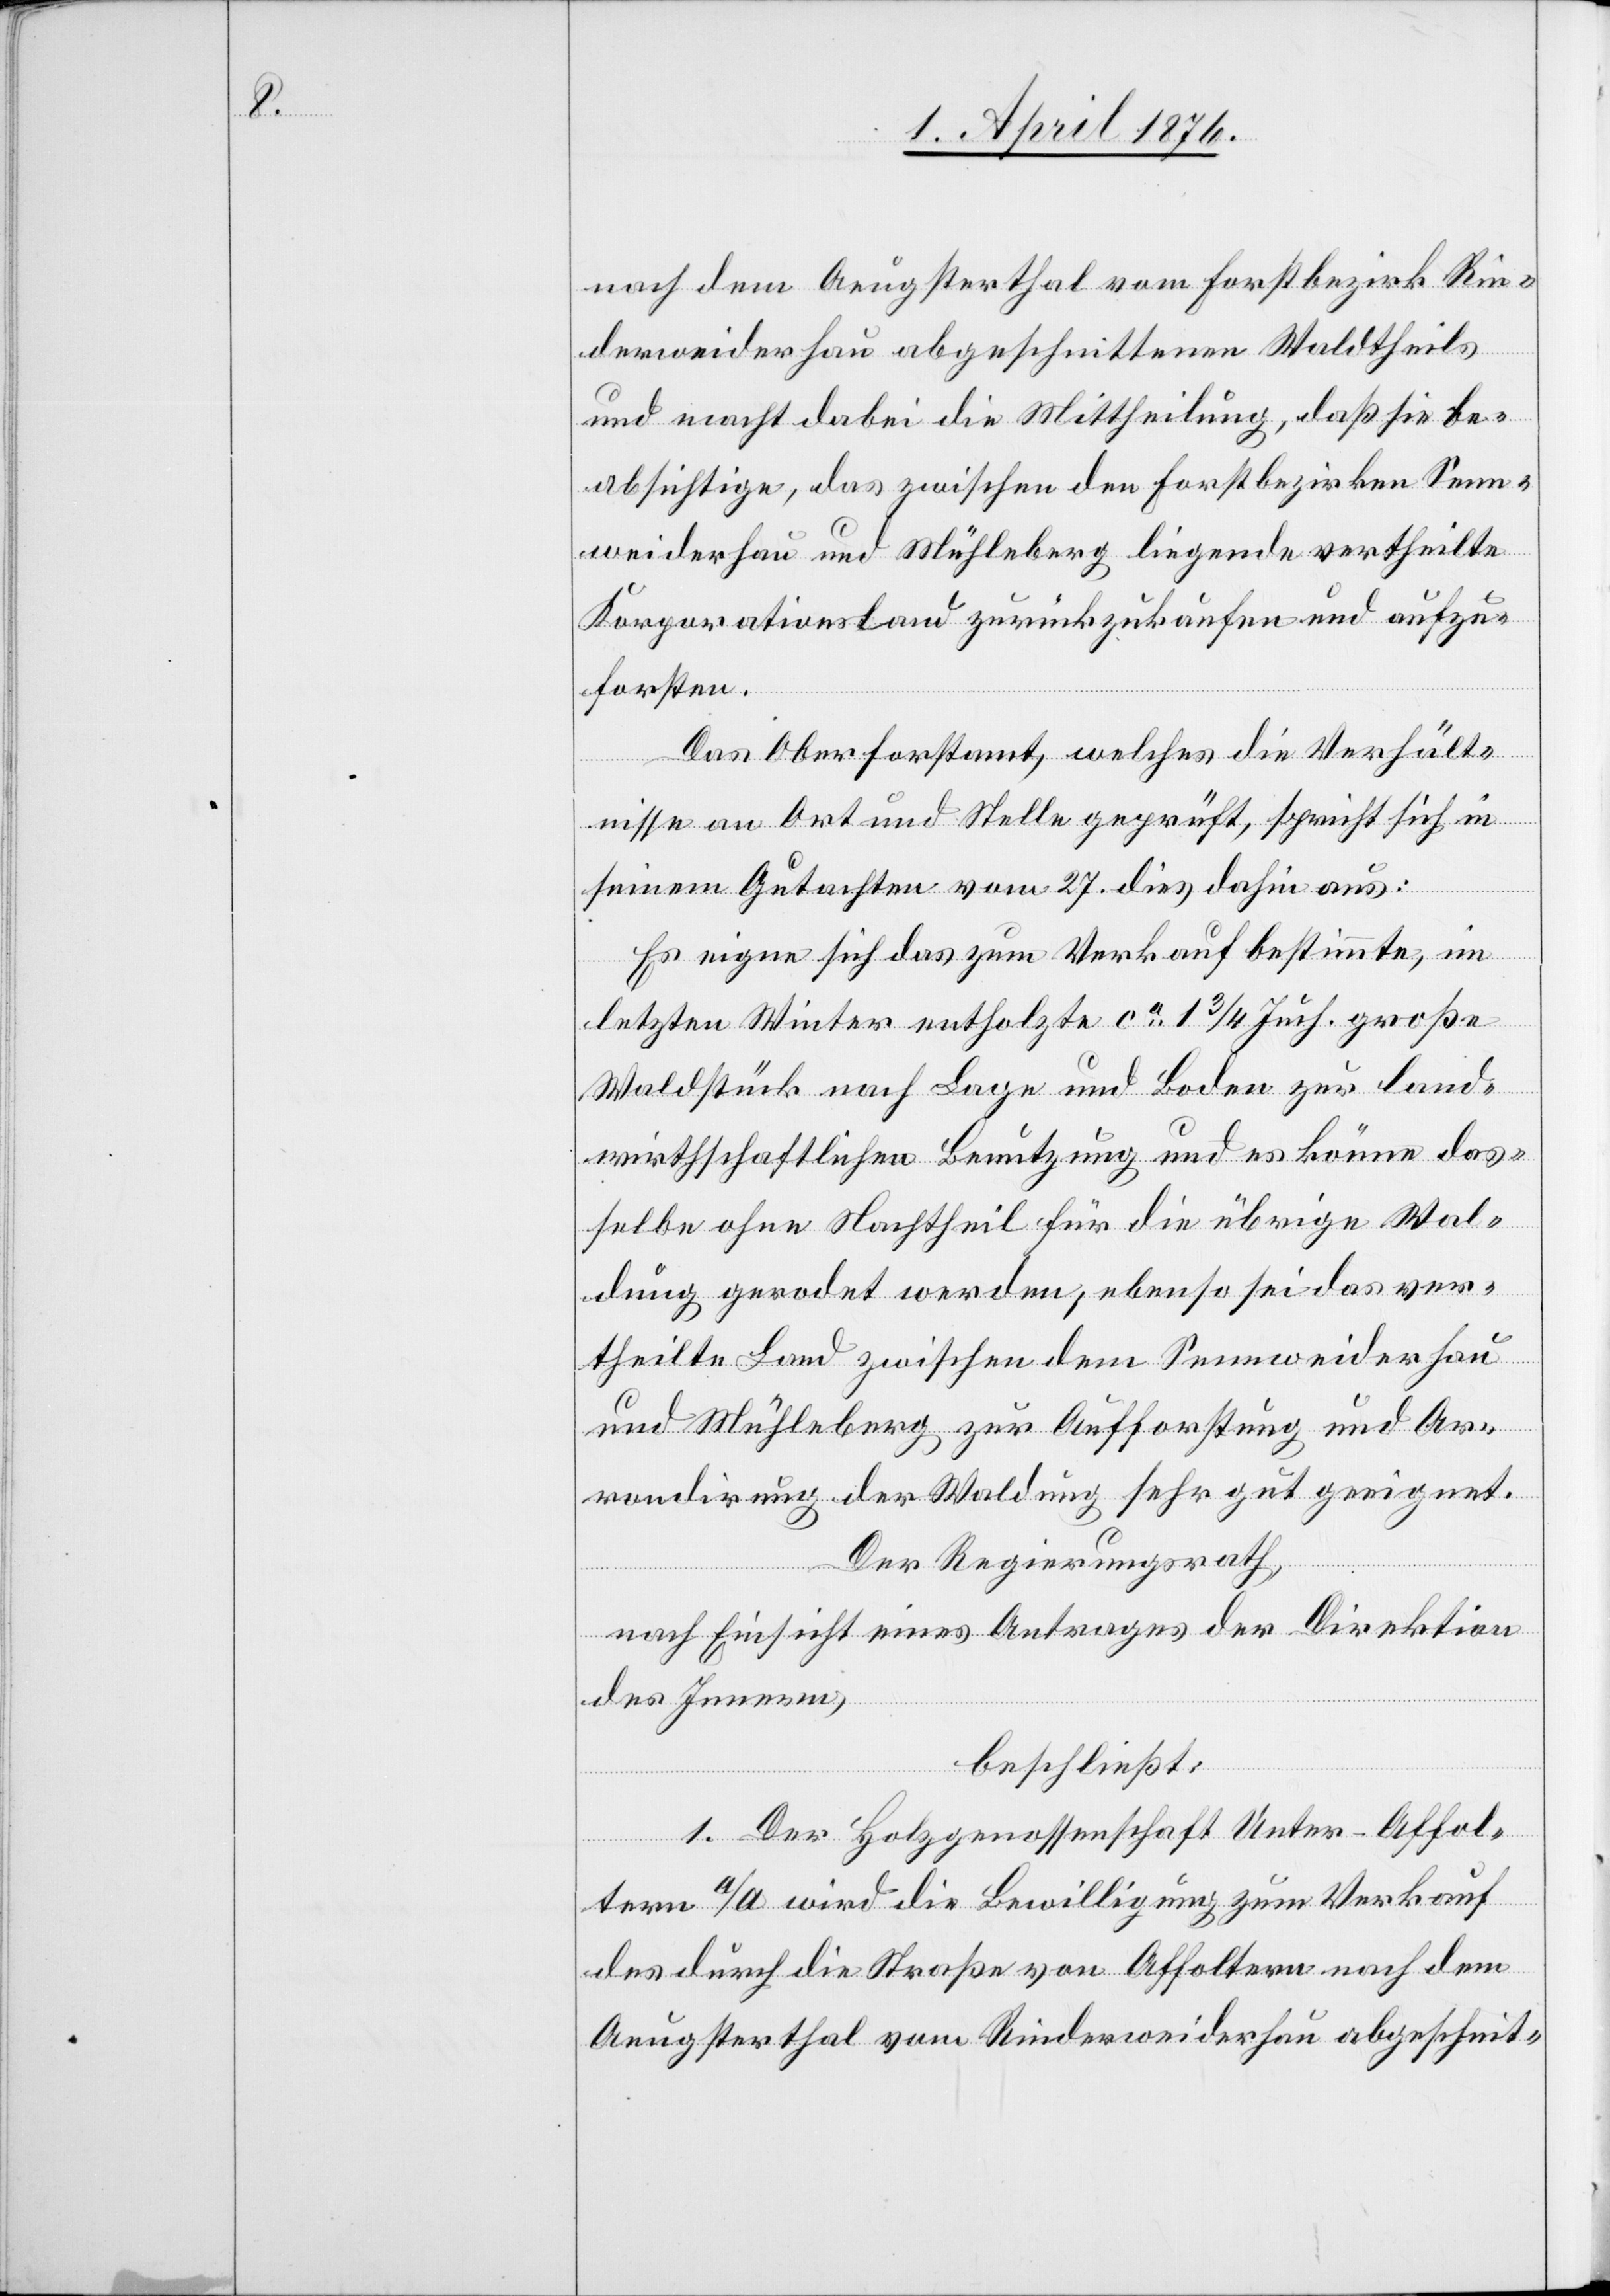
nach dem Aeugsterthal vom Forstbezirk Rin¬
derweiderhau abgeschnittenen Waldtheils
und macht dabei die Mittheilung, daß sie be¬
absichtige, das zwischen den Forstbezirken Senn¬
weiderhau und Mühleberg liegende vertheilte
Korporationsland zurückzukaufen und aufzu¬
forsten.
Das Oberforstamt, welches die Verhält¬
nisse an Ort und Stelle geprüft, spricht sich in
seinem Gutachten vom 27. dieß dahin aus:
Es eigne sich das zum Verkauf bestimmte, im
letzten Winter entholzte ca 1 3/4 Juch. große
Waldstück nach Lage und Boden zur land¬
wirthschaftlichen Benutzung und es könne das¬
selbe ohne Nachtheil für die übrige Wal¬
dung gerodet werden; ebenso sei das ver¬
theilte Land zwischen dem Sennweiderhau
und Mühleberg zur Aufforstung und Ar¬
rondirung der Waldung sehr gut geeignet.
Der Regierungsrath,
nach Einsicht eines Antrages der Direktion
des Innern,
beschließt:
1. Der Holzgenossenschaft Unter-Affol¬
tern a/A. wird die Bewilligung zum Verkauf
des durch die Straße von Affoltern nach dem
Aeugsterthal vom Rinderweiderhau abgeschnit-